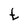
Character: t